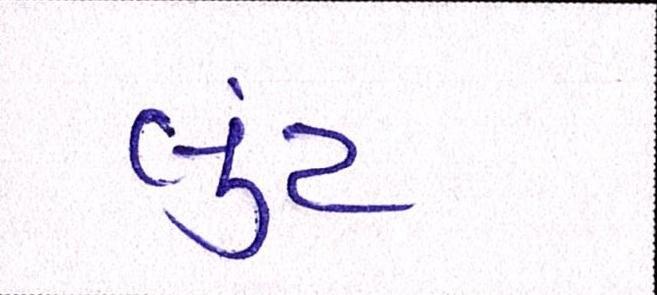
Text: લુંટ